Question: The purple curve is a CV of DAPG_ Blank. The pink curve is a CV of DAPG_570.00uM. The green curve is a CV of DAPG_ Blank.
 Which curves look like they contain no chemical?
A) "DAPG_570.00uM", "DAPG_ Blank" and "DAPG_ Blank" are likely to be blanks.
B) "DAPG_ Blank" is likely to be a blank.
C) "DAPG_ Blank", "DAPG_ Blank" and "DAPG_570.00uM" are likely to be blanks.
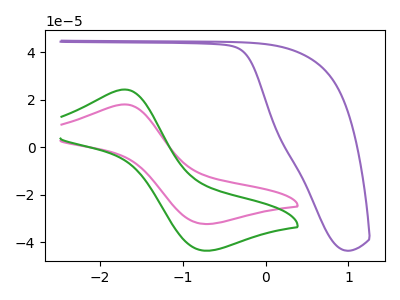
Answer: <think>The purple curve "DAPG_ Blank" has no peaks. The pink curve "DAPG_570.00uM" has an anodic peak at (-1.70V, 18.00uA) and a cathodic peak at (-0.75V, -32.25uA). The green curve "DAPG_ Blank" has an anodic peak at (-1.70V, 24.30uA) and a cathodic peak at (-0.75V, -43.45uA).</think>
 <answer>B) "DAPG_ Blank" is likely to be a blank.</answer>
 <eval>B</eval>